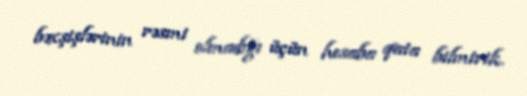
bəxşişlərinin rəsmi olmadığı üçün hesaba qata bilmirik.